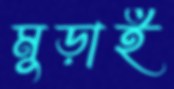
মুড়াই